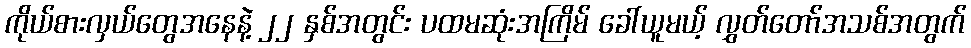
ကိုယ်စားလှယ်တွေအနေနဲ့ ၂၂ နှစ်အတွင်း ပထမဆုံးအကြိမ် ခေါ်ယူမယ့် လွှတ်တော်အသစ်အတွက်